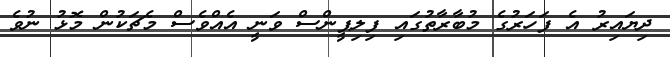
ދިޔައިރު އެ ފަހަރުގެ މުބާރާތުގައި ފިލިޕީންސް ވަނީ އެއްވެސް މެޗަކުން މޮޅު ނުވެ